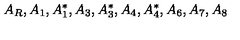
A _ { R } , A _ { 1 } , A _ { 1 } ^ { * } , A _ { 3 } , A _ { 3 } ^ { * } , A _ { 4 } , A _ { 4 } ^ { * } , A _ { 6 } , A _ { 7 } , A _ { 8 }